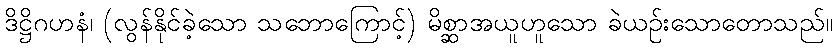
ဒိဋ္ဌိဂဟနံ၊ (လွန်နိုင်ခဲ့သော သဘောကြောင့်) မိစ္ဆာအယူဟူသော ခဲယဉ်းသောတောသည်။